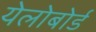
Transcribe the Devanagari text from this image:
येलोबोर्ड